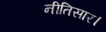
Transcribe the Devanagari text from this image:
नीतिसार।